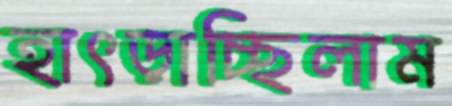
হাৎড়াচ্ছিলাম